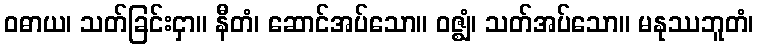
ဝဓာယ၊ သတ်ခြင်းငှာ။ နီတံ၊ ဆောင်အပ်သော။ ဝဇ္ဈံ၊ သတ်အပ်သော။ မနုဿဘူတံ၊